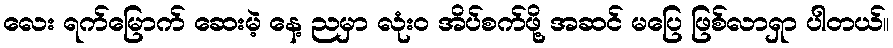
လေး ရက်မြောက် ဆေးမဲ့ နေ့ ညမှာ လုံးဝ အိပ်စက်ဖို့ အဆင် မပြေ ဖြစ်လာရှာ ပါတယ်။